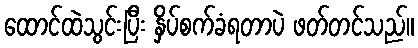
ထောင်ထဲသွင်းပြီး နှိပ်စက်ခံရတာပဲ ဖတ်တင်သည်။